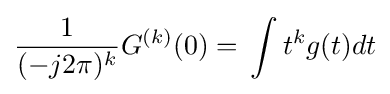
{\frac {1}{(-j2\pi )^{k}}}G^{(k)}(0)=\,\int t^{k}g(t)dt